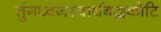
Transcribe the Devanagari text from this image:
तुंगध्वजस्वार्थबद्धकोटि